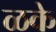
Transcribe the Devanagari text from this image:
ळके